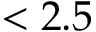
< 2 . 5